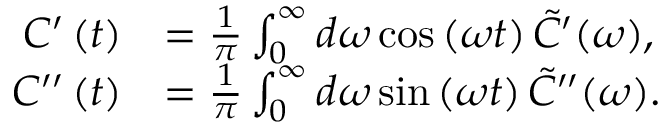
\begin{array} { r l } { C ^ { \prime } \left( t \right) } & { = \frac { 1 } { \pi } \int _ { 0 } ^ { \infty } d \omega \cos \left( \omega t \right) \tilde { C } ^ { \prime } ( \omega ) , } \\ { C ^ { \prime \prime } \left( t \right) } & { = \frac { 1 } { \pi } \int _ { 0 } ^ { \infty } d \omega \sin \left( \omega t \right) \tilde { C } ^ { \prime \prime } ( \omega ) . } \end{array}